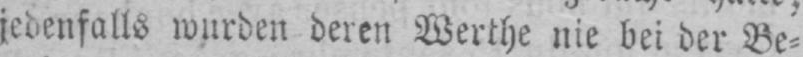
jedenfalls wurden deren Werthe nie bei der Be⸗